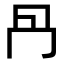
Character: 冎